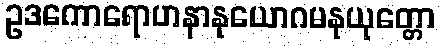
ဥဒကောရောဟနာနုယောဂမနုယုတ္တော